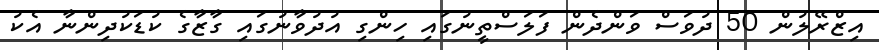
އިޒްރޭލުން 50 ދުވަސް ވަންދެން ފަލަސްތީނުގައި ހިންގި އުދުވާނުގައި ގާޒާގެ ކުޑަކުދިންނާ އެކު